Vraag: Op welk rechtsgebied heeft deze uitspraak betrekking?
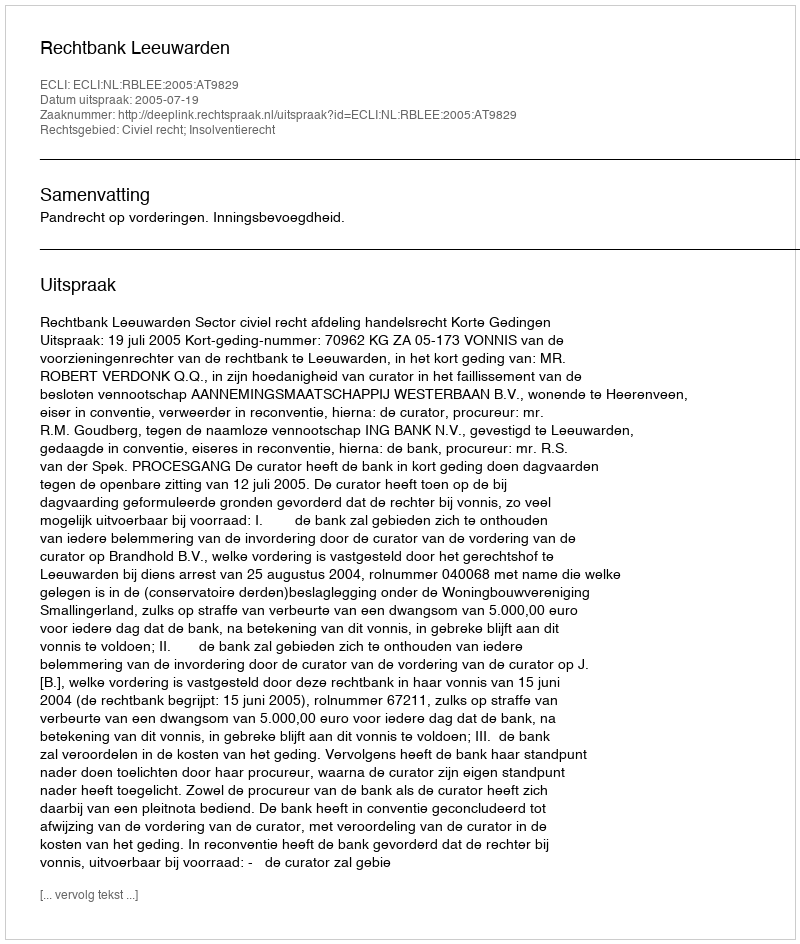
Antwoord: Civiel recht; Insolventierecht